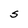
Character: S